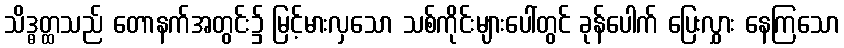
သိဒ္ဓတ္ထသည် တောနက်အတွင်း၌ မြင့်မားလှသော သစ်ကိုင်းများပေါ်တွင် ခုန်ပေါက် ပြေးလွှား နေကြသော